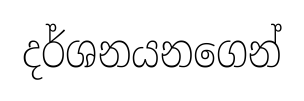
දර්ශනයනගෙන්